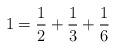
LaTeX: \begin{align*}1 = \frac{1}{2} + \frac{1}{3} + \frac{1}{6}\end{align*}